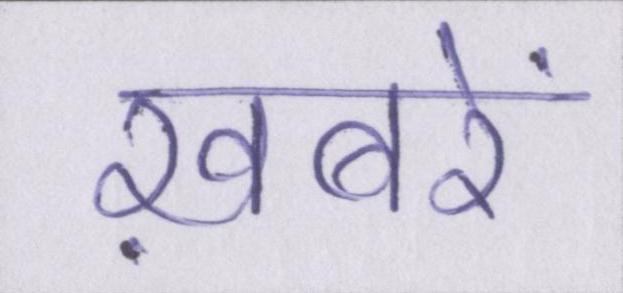
ख़बरें